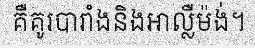
គឺគូរបារាំងនិងអាល្លឺម៉ង់។